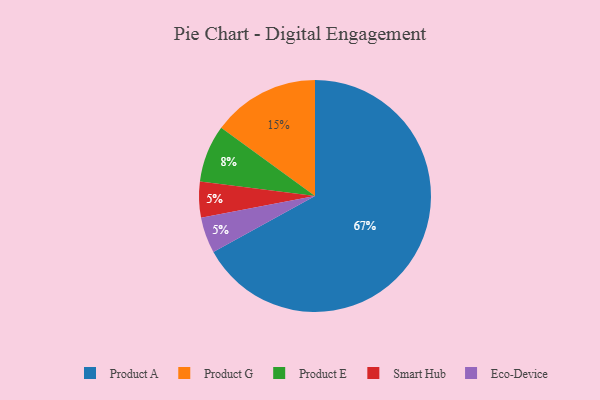
{"axis": {"x": "Category", "y": "Percentage"}, "legend": ["Eco-Device", "Product A", "Product E", "Product G", "Smart Hub"], "data": [{"x": "Smart Hub", "y": 5, "type": "Smart Hub"}, {"x": "Product A", "y": 67, "type": "Product A"}, {"x": "Product E", "y": 8, "type": "Product E"}, {"x": "Eco-Device", "y": 5, "type": "Eco-Device"}, {"x": "Product G", "y": 15, "type": "Product G"}]}